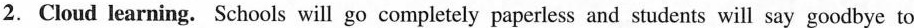
2.Cloud learning. Schools will go completely paperless and students will say goodbye to